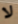
لا